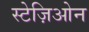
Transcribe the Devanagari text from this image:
स्टेज़िओन